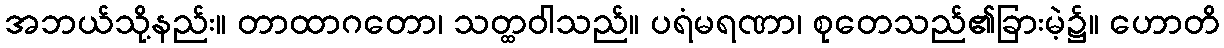
အဘယ်သို့နည်း။ တာထာဂတော၊ သတ္ထဝါသည်။ ပရံမရဏာ၊ စုတေသည်၏ခြားမဲ့၌။ ဟောတိ